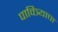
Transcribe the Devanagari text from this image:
पावित्र्याचा